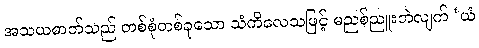
အသယဓာတ်သည် တစ်စုံတစ်ခုသော သံကိလေသဖြင့် မညစ်ညူးဘဲလျက် ‘ယံ